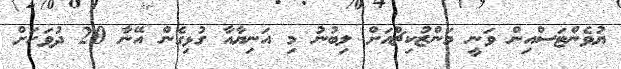
ޔުވެންޓަސްއިން ވަނީ މަންޒުކިޗްއަށް ލިބުނު މި އަނިޔާއާ ގުޅިގެން އޭނާ 20 ދުވަހަށް